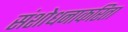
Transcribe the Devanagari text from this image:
संशोधनाकरिता